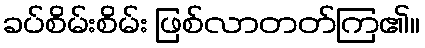
ခပ်စိမ်းစိမ်း ဖြစ်လာတတ်ကြ၏။